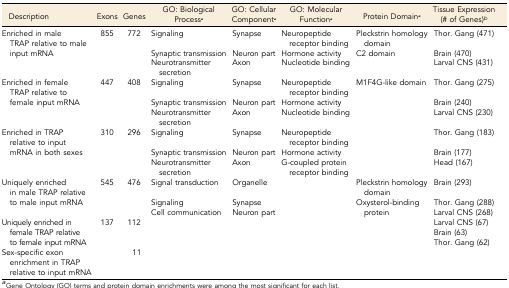
<table><thead><tr><td><b>Description</b></td><td><b>Exons</b></td><td><b>Genes</b></td><td><b>GO: Biological Process<i><sup>a</sup></i></b></td><td><b>GO: Cellular Component<i><sup>a</sup></i></b></td><td><b>GO: Molecular Function<i><sup>a</sup></i></b></td><td><b>Protein Domain<i><sup>a</sup></i></b></td><td><b>Tissue Expression (# of Genes)<i><sup>b</sup></i></b></td></tr></thead><tbody><tr><td rowspan="3">Enriched in male TRAP relative to male input mRNA</td><td rowspan="3">855</td><td rowspan="3">772</td><td>Signaling</td><td>Synapse</td><td>Neuropeptide receptor binding</td><td>Pleckstrin homology domain</td><td>Thor. Gang (471)</td></tr><tr><td>Synaptic transmission</td><td>Neuron part</td><td>Hormone activity</td><td rowspan="2">C2 domain</td><td>Brain (470)</td></tr><tr><td>Neurotransmitter secretion</td><td>Axon</td><td>Nucleotide binding</td><td>Larval CNS (431)</td></tr><tr><td rowspan="3">Enriched in female TRAP relative to female input mRNA</td><td rowspan="3">447</td><td rowspan="3">408</td><td>Signaling</td><td>Synapse</td><td>Neuropeptide receptor binding</td><td rowspan="3">M1F4G-like domain</td><td>Thor. Gang (275)</td></tr><tr><td>Synaptic transmission</td><td>Neuron part</td><td>Hormone activity</td><td>Brain (240)</td></tr><tr><td>Neurotransmitter secretion</td><td>Axon</td><td>Nucleotide binding</td><td>Larval CNS (230)</td></tr><tr><td rowspan="3">Enriched in TRAP relative to input mRNA in both sexes</td><td rowspan="3">310</td><td rowspan="3">296</td><td>Signaling</td><td>Synapse</td><td>Neuropeptide receptor binding</td><td rowspan="3"></td><td>Thor. Gang (183)</td></tr><tr><td>Synaptic transmission</td><td>Neuron part</td><td>Hormone activity</td><td>Brain (177)</td></tr><tr><td>Neurotransmitter secretion</td><td>Axon</td><td>G-coupled protein receptor binding</td><td>Head (167)</td></tr><tr><td rowspan="3">Uniquely enriched in male TRAP relative to male input mRNA</td><td rowspan="3">545</td><td rowspan="3">476</td><td>Signal transduction</td><td>Organelle</td><td rowspan="3"></td><td>Pleckstrin homology domain</td><td>Brain (293)</td></tr><tr><td>Signaling</td><td>Synapse</td><td rowspan="2">Oxysterol-binding protein</td><td>Thor. Gang (288)</td></tr><tr><td>Cell communication</td><td>Neuron part</td><td>Larval CNS (268)</td></tr><tr><td rowspan="3">Uniquely enriched in female TRAP relative to female input mRNA</td><td rowspan="3">137</td><td rowspan="3">112</td><td rowspan="3"></td><td rowspan="3"></td><td rowspan="3"></td><td rowspan="3"></td><td>Larval CNS (67)</td></tr><tr><td>Brain (63)</td></tr><tr><td>Thor. Gang (62)</td></tr><tr><td>Sex-specific exon enrichment in TRAP relative to input mRNA</td><td></td><td>11</td><td></td><td></td><td></td><td></td><td></td></tr></tbody></table>